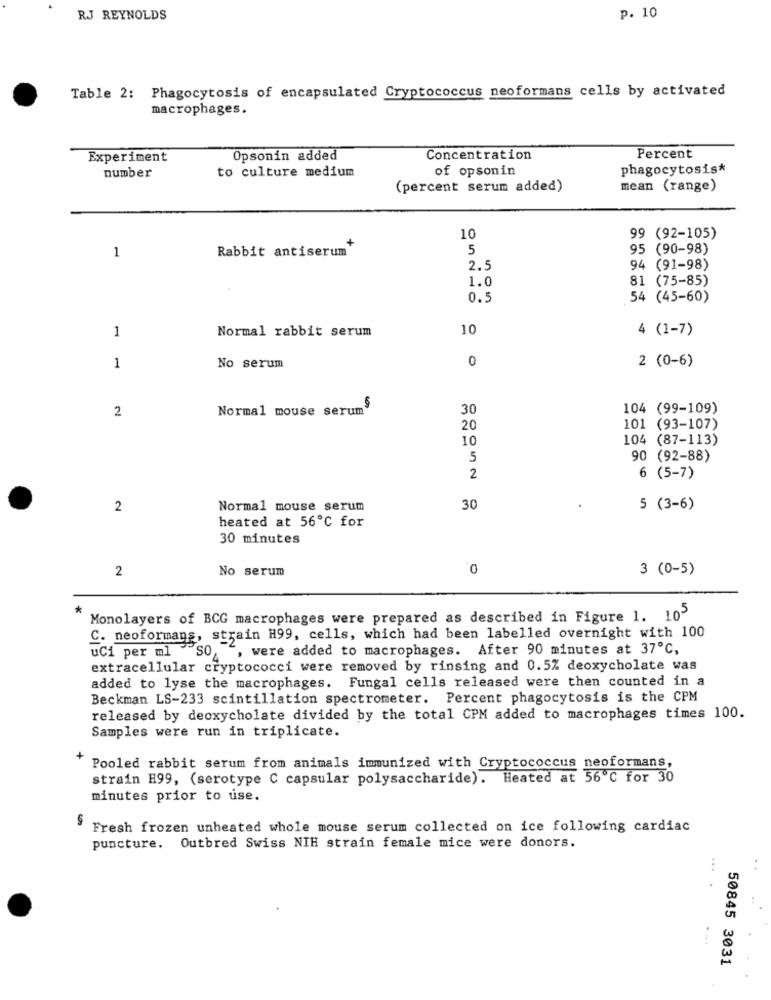
p. 10
RJ REYNOLDS
Table 2: Phagocytosis of encapsulated Cryptococcus neoformans cells by activated
macrophages.
Experiment
Opsonin added
Concentration
Percent
number
to culture medium
of opsonin
phagocytosis*
(percent serum added)
mean (range)
10
99 (92-105)
1
+
5
95 (90-98)
Rabbit antiserum
2.5
94 (91-98)
1.0
81 (75-85)
0.5
54 (45-60)
1
Normal rabbit serum
10
4 (1-7)
No serum
0
2 (0-6)
1
2
Normal mouse serum
30
104 (99-109)
20
101 (93-107)
10
104 (87-113)
5
90 (92-88)
2
6 (5-7)
2
Normal mouse serum
30
5 (3-6)
heated at 56℃ for
30 minutes
2
No serum
3 (0-5)
*
Monolayers of BCG macrophages were prepared as described in Figure 1. 103
C. neoformans, strain H99, cells, which had been labelled overnight with 100
uCi per ml
, were added to macrophages. After 90 minutes at 37℃,
extracellular cryptococci were removed by rinsing and 0.5% deoxycholate was
added to lyse the macrophages. Fungal cells released were then counted in a
Beckman LS-233 scintillation spectrometer. Percent phagocytosis is the CPM
released by deoxycholate divided by the total CPM added to macrophages times 100.
Samples were run in triplicate.
+
Pooled rabbit serum from animals immunized with Cryptococcus neoformans,
strain H99, (serotype C capsular polysaccharide). Heated at 56℃ for 30
minutes prior to use.
Fresh frozen unheated whole mouse serum collected on ice following cardiac
puncture. Outbred Swiss NIH strain female mice were donors.
...
. .
. ...
50845 3031